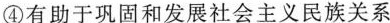
④有助于巩固和发展社会主义民族关系